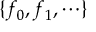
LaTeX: \{ f _ { 0 } , f _ { 1 } , \cdots \}